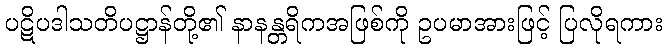
ပဋိပဒါသတိပဋ္ဌာန်တို့၏ နာနန္တရိကအဖြစ်ကို ဥပမာအားဖြင့် ပြလိုရကား